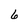
Character: 6